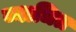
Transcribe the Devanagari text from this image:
व्याधित